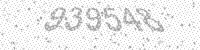
Solution: 939548